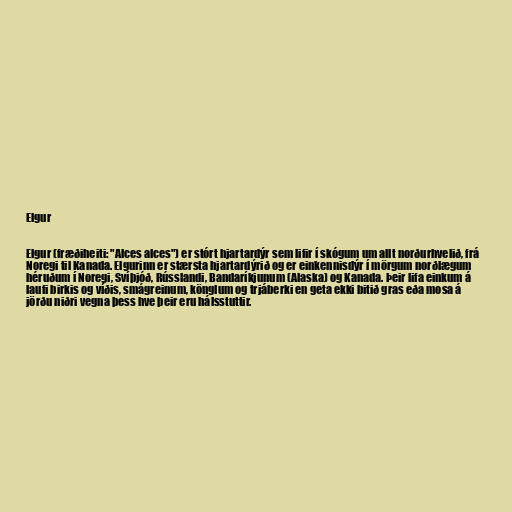
Elgur

Elgur (fræðiheiti: "Alces alces") er stórt hjartardýr sem lifir í skógum um allt norðurhvelið, frá
Noregi til Kanada. Elgurinn er stærsta hjartardýrið og er einkennisdýr í mörgum norðlægum
héruðum í Noregi, Svíþjóð, Rússlandi, Bandaríkjunum (Alaska) og Kanada. Þeir lifa einkum á
laufi birkis og víðis, smágreinum, könglum og trjáberki en geta ekki bitið gras eða mosa á
jörðu niðri vegna þess hve þeir eru hálsstuttir.